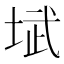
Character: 𪣥